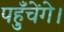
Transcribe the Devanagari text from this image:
पहुँचेंगे।